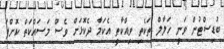
ބުޑިސްޓުން ވަނީ ހަލާލް ތަކެތި ވިއްކާތީ އެކަމާ ދެކޮޅަށް ވެސް މަސައްކަތް ކޮށްފަ